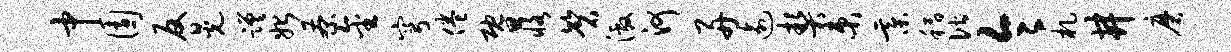
中园反晃蹉始茶金穹倦暨恪磬激河舟逾契束綦稻偕令札井磨